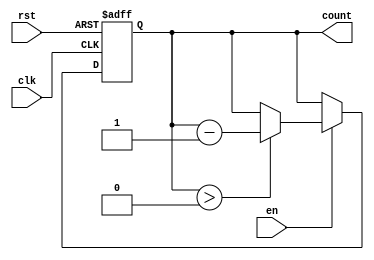
module MemoryBlocksDownCounter (
    input wire clk,         // Clock signal
    input wire rst,         // Reset signal
    input wire en,          // Enable signal
    output reg [7:0] count  // Current count value (8-bit)
);
    parameter MAX_COUNT = 8'd255; // Define the maximum count value

    // Initial value for count
    initial begin
        count = MAX_COUNT; // Set initial count to maximum value
    end

    // Always block triggered on the rising edge of the clock
    always @(posedge clk or posedge rst) begin
        if (rst) begin
            count <= MAX_COUNT; // Reset count to maximum value
        end else if (en) begin
            if (count > 0) begin
                count <= count - 1; // Decrement count if greater than zero
            end
        end
        // If en is low, count retains its current value
    end
endmodule